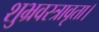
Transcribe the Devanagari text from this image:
शुभ्रवस्त्रावृता।